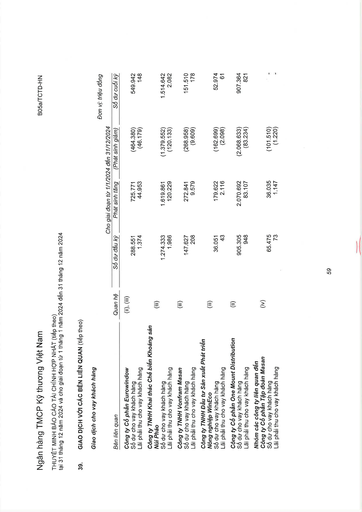
|||Cho|giai đoạn từ 1/1/2024|đến 31/12/2024|| |---|---|---|---|---|---| |Bên liên quan|Quan hệ|Số dư đầu kỳ|Phát sinh tăng|(Phát sinh giảm)|Số dư cuối kỳ| |Công ty Cổ phần Eurowindow|(ii), (iii)||||| |Số dư cho vay khách hàng||288.551|725.771|(464.380)|549.942| |Lãi phải thu cho vay khách hàng||1.374|44.953|(46.179)|148| |Công ty TNHH Khai thác Chế biến Khoáng sản Núi Pháo|(iii)||||| |Số dư cho vay khách hàng||1.274.333|1.619.861|(1.379.552)|1.514.642| |Lãi phải thu cho vay khách hàng||1.986|120.229|(120.133)|2.082| |Công ty TNHH Vonfram Masan|(iii)||||| |Số dư cho vay khách hàng||147.627|272.841|(268.958)|151.510| |Lãi phải thu cho vay khách hàng||208|9.579|(9.609)|178| |Công ty TNHH Đầu tư Sản xuất Phát triển|||||| |Nông nghiệp WinEco|(iii)||||| |Số dư cho vay khách hàng||36.051|179.622|(162.699)|52.974| |Lãi phải thu cho vay khách hàng||43|2.116|(2.098)|61| |Công ty Cổ phần One Mount Distribution|(ii)||||| |Số dư cho vay khách hàng||905.305|2.070.692|(2.068.633)|907.364| |Lãi phải thu cho vay khách hàng||948|83.107|(83.234)|821| |Nhóm các công ty liên quan đến Công ty Cổ phần Tập đoàn Masan|(iv)||||| |Số dư cho vay khách hàng||65.475|36.035|(101.510)|-| |Lãi phải thu cho vay khách hàng||73|1.147|(1.220)|-|